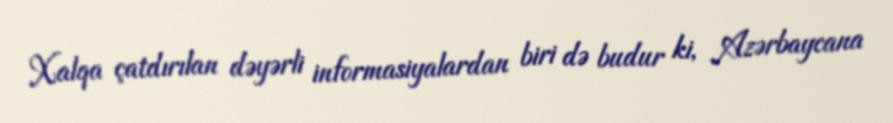
Xalqa çatdırılan dəyərli informasiyalardan biri də budur ki, Azərbaycana